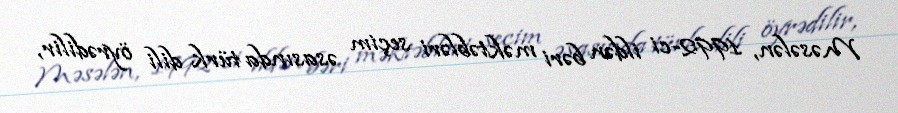
Məsələn, 1992-ci ildən bəri məktəbləri seçim əsasında türk dili öyrədilir,